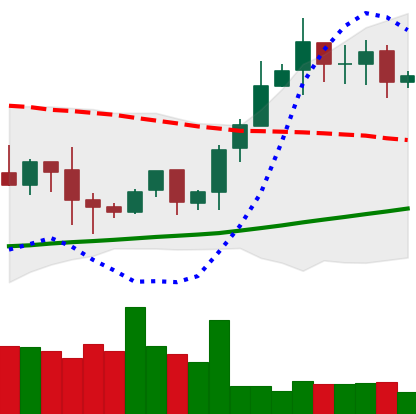
Ticker: BTC-USD
Chart end date: 2020-10-17
Forward return: 14.155%
Label: up_7plus